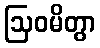
ဩဝမိတွာ